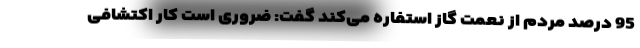
95 درصد مردم از نعمت گاز استفاره می‌کند گفت: ضروری است کار اکتشافی